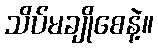
သိပ်မချိုစေနဲ့။